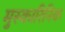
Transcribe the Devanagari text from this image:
मुस्कारिनिक